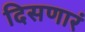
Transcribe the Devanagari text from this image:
दिसणारं